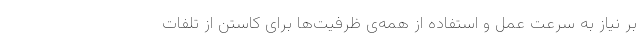
بر نیاز به سرعت عمل و استفاده از همه‌ی ظرفیت‌ها برای کاستن از تلفات